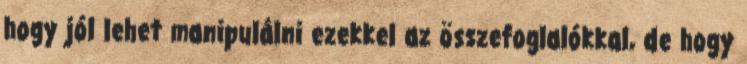
hogy jól lehet manipulálni ezekkel az összefoglalókkal, de hogy